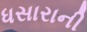
ધસારાની